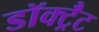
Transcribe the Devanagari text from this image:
डॉक्ट्रैट